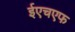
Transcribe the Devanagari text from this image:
ईएचएफ